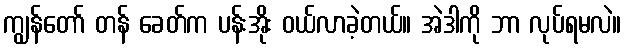
ကျွန်တော် တန် ခေတ်က ပန်းအိုး ဝယ်လာခဲ့တယ်။ အဲဒါကို ဘာ လုပ်ရမလဲ။